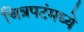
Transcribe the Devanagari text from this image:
चित्रपटंमध्ये